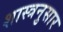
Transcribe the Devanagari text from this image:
शास्त्रनुसार